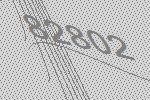
82802